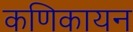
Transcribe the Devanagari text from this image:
कणिकायन